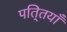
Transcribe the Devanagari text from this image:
पति्तयाँ